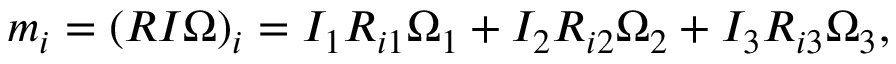
\begin{array} { r } { m _ { i } = ( R I \boldsymbol { \Omega } ) _ { i } = I _ { 1 } R _ { i 1 } \Omega _ { 1 } + I _ { 2 } R _ { i 2 } \Omega _ { 2 } + I _ { 3 } R _ { i 3 } \Omega _ { 3 } , } \end{array}